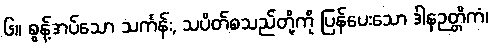
၆။ စွန့်အပ်သော သင်္ကန်း, သပိတ်စသည်တို့ကို ပြန်ပေးသော ဒါနဉတ္တိကံ၊